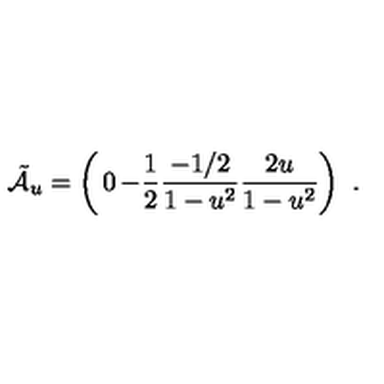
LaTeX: \tilde { \cal A } _ { u } = \left( \begin{matrix} { 0 } & { - { \frac { 1 } { 2 } } } \\ { { \frac { - 1 / 2 } { 1 - u ^ { 2 } } } } & { { \frac { 2 u } { 1 - u ^ { 2 } } } } \\ \end{matrix} \right) \ .